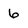
Character: 6